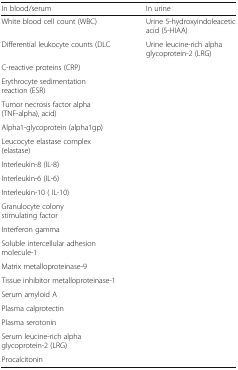
<table><thead><tr><td><b>In blood/serum</b></td><td><b>In urine</b></td></tr></thead><tbody><tr><td>White blood cell count (WBC)</td><td>Urine 5-hydroxyindoleacetic acid (5-HIAA)</td></tr><tr><td>Differential leukocyte counts (DLC</td><td>Urine leucine-rich alpha glycoprotein-2 (LRG)</td></tr><tr><td>C-reactive proteins (CRP)</td><td></td></tr><tr><td>Erythrocyte sedimentation reaction (ESR)</td><td></td></tr><tr><td>Tumor necrosis factor alpha (TNF-alpha), acid)</td><td></td></tr><tr><td>Alpha1-glycoprotein (alpha1gp)</td><td></td></tr><tr><td>Leucocyte elastase complex (elastase)</td><td></td></tr><tr><td>Interleukin-8 (IL-8)</td><td></td></tr><tr><td>Interleukin-6 (IL-6)</td><td></td></tr><tr><td>Interleukin-10 ( IL-10)</td><td></td></tr><tr><td>Granulocyte colony stimulating factor</td><td></td></tr><tr><td>Interferon gamma</td><td></td></tr><tr><td>Soluble intercellular adhesion molecule-1</td><td></td></tr><tr><td>Matrix metalloproteinase-9</td><td></td></tr><tr><td>Tissue inhibitor metalloproteinase-1</td><td></td></tr><tr><td>Serum amyloid A</td><td></td></tr><tr><td>Plasma calprotectin</td><td></td></tr><tr><td>Plasma serotonin</td><td></td></tr><tr><td>Serum leucine-rich alpha glycoprotein-2 (LRG)</td><td></td></tr><tr><td>Procalcitonin</td><td></td></tr></tbody></table>